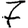
Digit: 7